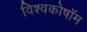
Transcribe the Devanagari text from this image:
विश्वकोषॉम